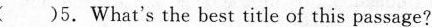
( )5.What's the best title of this passage?